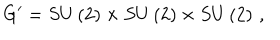
LaTeX: G ^ { \prime } = S U \left( 2 \right) \times S U \left( 2 \right) \times S U \left( 2 \right) \, ,